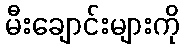
မီးချောင်းများကို